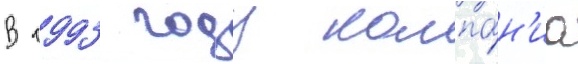
В 1993 году компа́н'иа